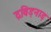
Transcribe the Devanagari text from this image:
द्रविड़नाड़